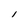
Character: I